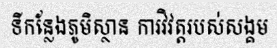
ទីកន្លែងភូមិស្ថាន ការវិវត្តរបស់សង្គម